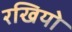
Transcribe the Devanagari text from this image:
रखियो